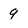
Character: 9